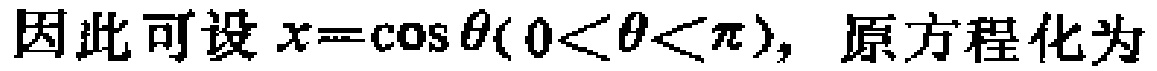
因此可设 \(x = \cos\theta(0 < \theta < \pi)\)，原方程化为